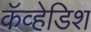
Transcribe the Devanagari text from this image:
कॅव्हेडिश